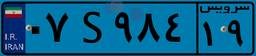
۰۷S۹۸۴۱۹